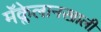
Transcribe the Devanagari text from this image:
मॅक्लेलानखाली